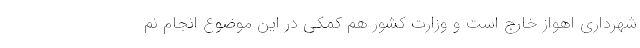
شهرداری اهواز خارج است و وزارت کشور هم کمکی در این موضوع انجام نم